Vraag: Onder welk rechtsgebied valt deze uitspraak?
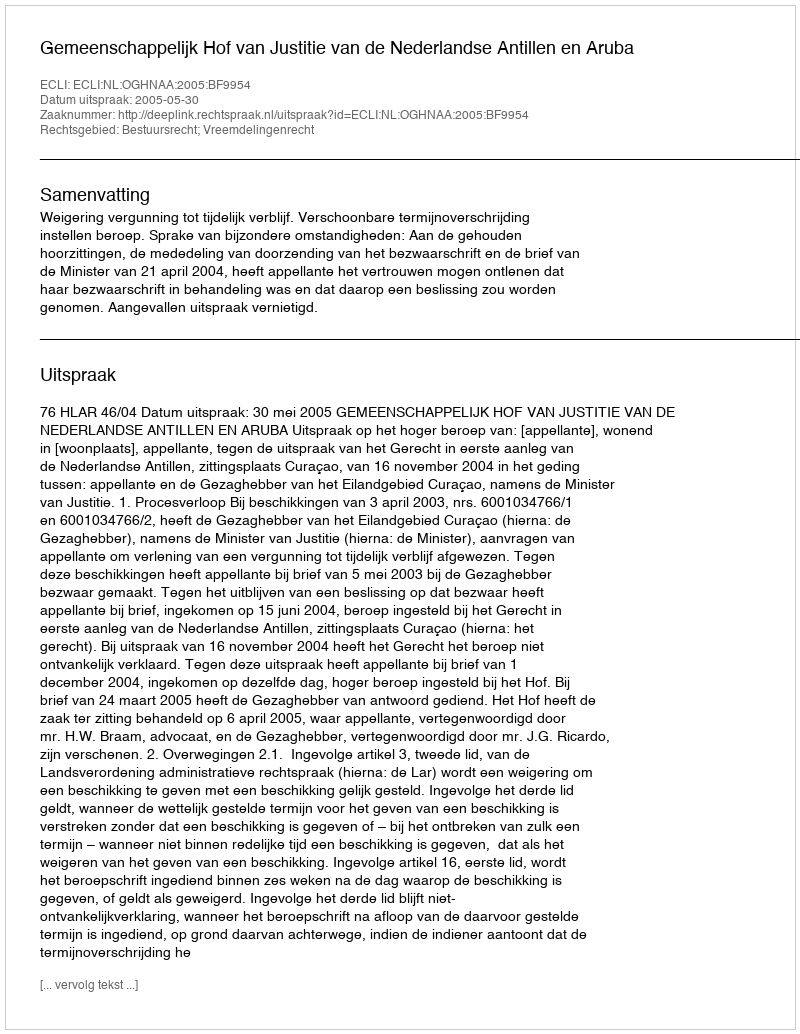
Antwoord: Bestuursrecht; Vreemdelingenrecht